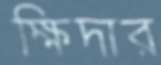
ক্ষিদার